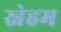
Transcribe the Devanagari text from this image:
स्नेहम